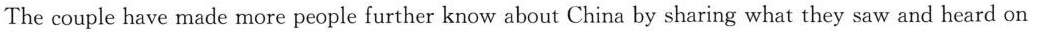
The couple have made more people further know about China by sharing what they saw and heard on